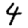
Digit: 4